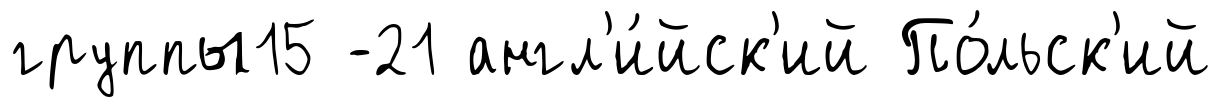
группы15 -21 англ'и́йск'ий По́льск'ий